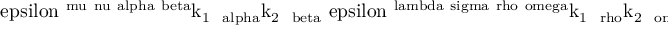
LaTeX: \mathrm { \ e p s i l o n ^ { \ m u \ n u \ a l p h a \ b e t a } k _ { 1 ~ \ a l p h a } k _ { 2 ~ \ b e t a } \ e p s i l o n ^ { \ l a m b d a \ s i g m a \ r h o \ o m e g a } k _ { 1 ~ \ r h o } k _ { 2 ~ \ o m e g a } T r \left[ \ g a m m a ^ { \ l a m b d a } ( \hat { p } _ { 1 } - \hat { k } _ { 1 } + m _ { e } ) \ g a m m a ^ { \ m u } \hat { \Pi } \ g a m m a ^ { \ n u } ( - \hat { p } _ { 2 } + \hat { k } _ { 2 } + m _ { \ m u } ) \ g a m m a ^ { \ s i g m a } \hat { \Pi } ^ { + } \right] } .